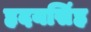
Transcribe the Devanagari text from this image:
हृदयसिंह